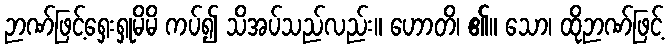
ဉာဏ်ဖြင့်ရှေးရှုမိမိ ကပ်၍ သိအပ်သည်လည်း။ ဟောတိ၊ ၏။ သော၊ ထိုဉာဏ်ဖြင့်